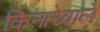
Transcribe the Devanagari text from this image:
किनारेवालें